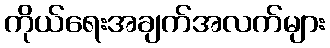
ကိုယ်ရေးအချက်အလက်များ